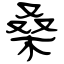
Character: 桑